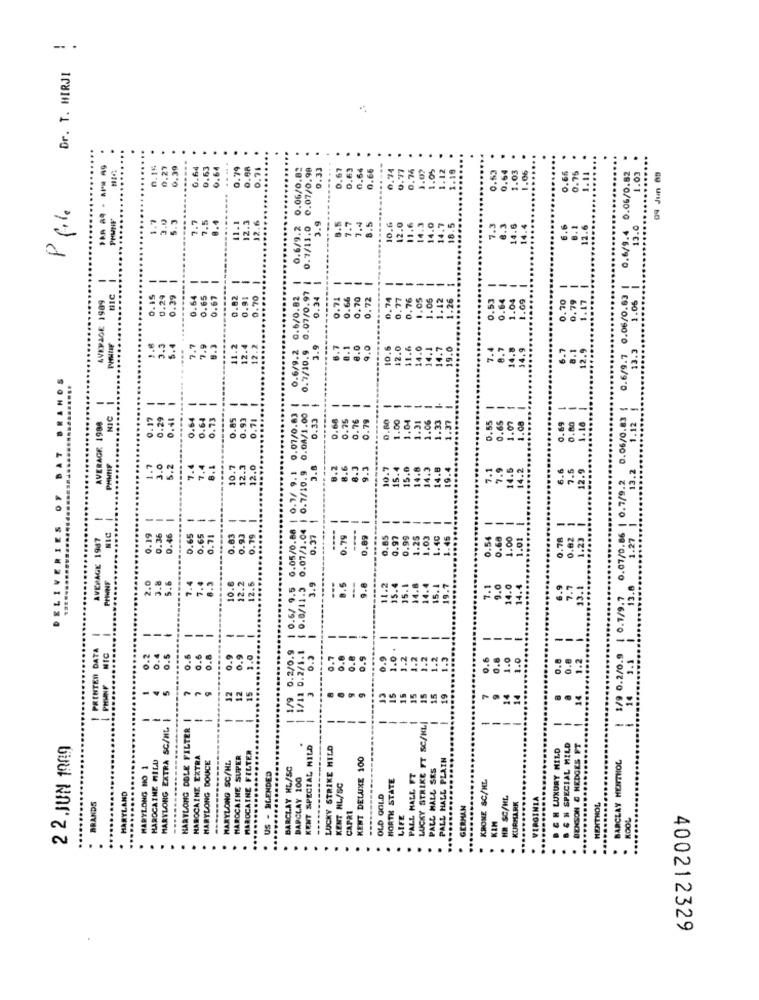
.. .
Dr. T. MIRJI
....
......
0.15
0.27
0.39
.64
0.63
0.64
0.79
0.71
0.06/0.82
0.07/0.98
0.33
0.63
0.64
0.66
0.77
0.76
1.02
1.05
1.12
1.19
.....
0.53
0.64
1.03
1.06
...
.....
1.03
0.7
...
0.6/9.4 0.06/0.82
09 Jun 83
E
P file
3.0
5.3
7.5
.. 4
11.1
12.3
12.6
7.7
8.5
12.0
14.0
14.7
18.5
......
13.0
0.6/9.2
0.1/11.0
3.9
10.6
11.6
14.3
.....
....
-----
-
-
--
-
0.6/0.82 |
--
--
1
--
-
0.6/9.7 0.06/0.63 |
AVEPAGE 1989
BIC
0.29
0.65
0.82
0.91
0.70
0.07/0.97
0.34
0.71
0.66
0.70
0.72
.74
0.77
0.76
1.05
1.06
1.12
.26
---
---
1.05
..
3.9
3.3
5.4
7.7
7.9
8.3
11.2
12.4
12.2
0.6/9.2
0.7/10.9
8.7
8.1
0.0
9.0
10.6
12.0
11.6
14.0
14.1
14.7
19.0
...
BRANOS
0.93
--
-
--
-
-
0.71 |
0.05/0.88 | 0.7/ 9.1 0.07/0.83 |
0.07/1.04 | 0.7/10.9 0.04/1.00
0.33 |
--
AVERAGE 1988
NIC
0.17
0.29
0.64
0.64
0.73
0.85
......
0.68
0.75
0.76
0.79
--
-- -
0.06/0.83
0.50
1.00
1.04
1.31
1.06
1.33
1.37
.12
3.0
....
BA
1.7
5.2
7.4
10.7
12.0
3.8
8.2
8.6
9.3
10.7
15.4
15.0
14.8
14.3
14.8
19.4
.....
1/9 0.2/0.9 ( 0.1/9.7 0.07/0.86 | 0.7/9.2
..
-
---
--
----
---
0.79
-
--
--
RIE
AVERAGE 1987
0.19
0.65
0.65
0.71
0.03
0.93
0.79
0.37
0.89
0.97
0.99
1.25
1.03
1.40
1.45
IVE
3.8
7.4
8.5
2.0
5.6
10.8
12.2
12.5
15.1
$ 0.0/11.
-
0.6
PRINTED DATA
NIC
--
0.4
0.5
---
--
0.2
0.8
0.8
0.9
0.9
3.0
1/9 0.2/0.9
1/11 0.2/1.
0.5
0.7
0.8
1.2
1.2
1.2
1.3
0.6
0.8
1.0
1.0
PHINF
12
MARYLONG EXTRA SC/NL
--
HARTLONG DOLE FILTER
--
LUCKY STRIKE FT SC/NL
-
2 2 JUN 1909
KENT SPECIAL NILD
LUCKY STRIKE HILD
B & M LUXURY MILD
B & H SPECIAL MILD
MAROCAINE MILU
MAROCAINE EXTRA
MARYLONG SC/HL
MAROCAINE SUPER
MAROCAINE FILTER
KENT DELUXE 100
PALL HALL PLAIN
BENSON & HEDGES
BARCLAY MENTHOL
MARYLONG MO 1
-------
HARYLONG DOUCE
BARCLAY HL/SC
PALL HALL SES
. US - BLENDED
BARCLAY 100
HORTH STATE
PALL MALL FT
KRONE &C/HL
KENT HL/SC
MARYLAND
OLD GOLD
HR SC/HL
VIRGINIA
BRANDS
GERMAN
KURMARK
MENTHOL
....
CAPRI
LIFE
KIM
KOOL
.......
.
400212329